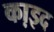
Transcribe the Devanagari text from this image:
का़इद